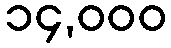
၁၄,၀၀၀